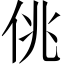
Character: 佻